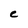
Character: C